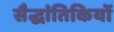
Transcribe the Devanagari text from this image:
सैद्धांतिकियों